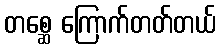
တစ္ဆေ ကြောက်တတ်တယ်